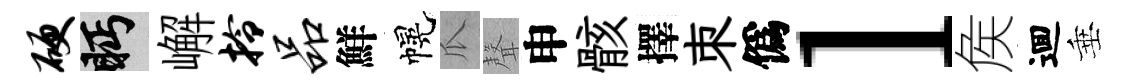
硬眄嶰拎品鮮幌瓜聲申骸擇朿僞l矦逥垂